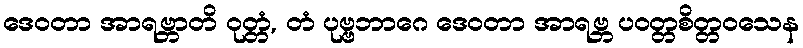
ဒေဝတာ အာရဗ္ဘာတိ ဝုတ္တံ, တံ ပုဗ္ဗဘာဂေ ဒေဝတာ အာရဗ္ဘ ပဝတ္တစိတ္တဝသေန